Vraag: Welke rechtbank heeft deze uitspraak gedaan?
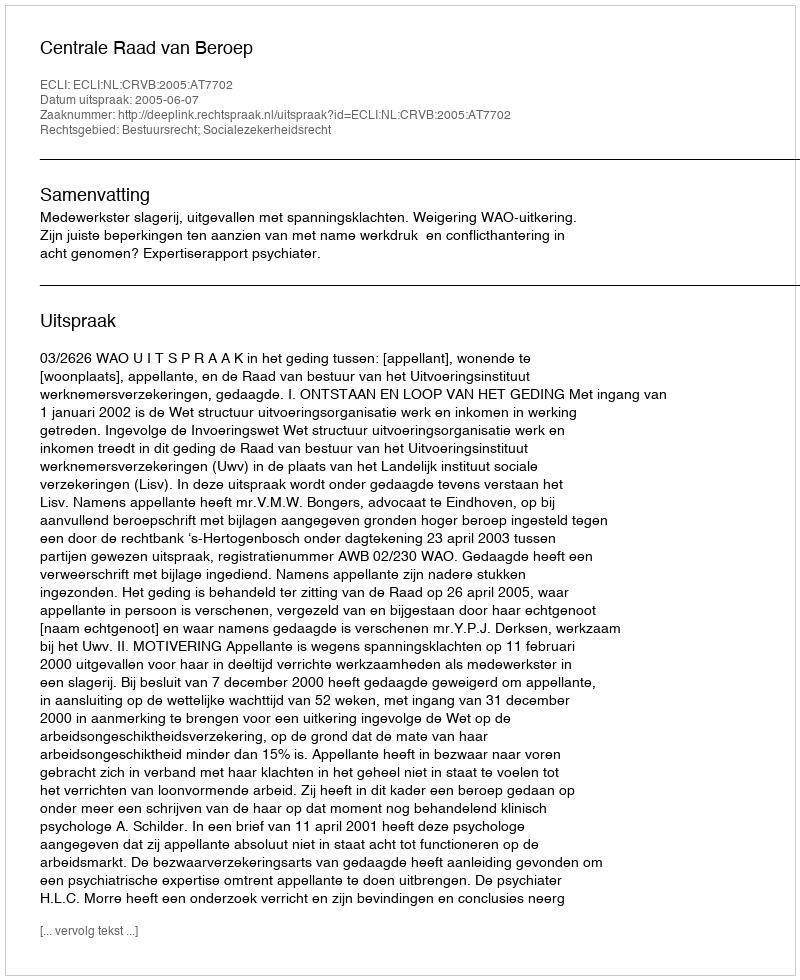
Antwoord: Centrale Raad van Beroep